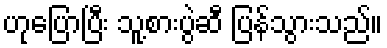
ဟုပြောပြီး သူ့စားပွဲဆီ ပြန်သွားသည်။